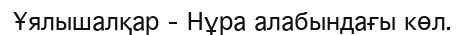
Ұялышалқар – Нұра алабындағы көл.